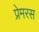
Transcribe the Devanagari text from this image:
प्रेमरस